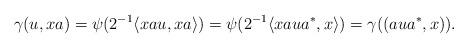
LaTeX: \begin{align*} \gamma(u,xa)= \psi(2^{-1}\langle xau,xa\rangle) =\psi(2^{-1}\langle xaua^{*},x\rangle) =\gamma((aua^{*},x)).\end{align*}